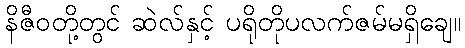
နိဇီဝတို့တွင် ဆဲလ်နှင့် ပရိုတိုပလက်ဇမ်မရှိချေ။